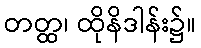
တတ္ထ၊ ထိုနိဒါန်း၌။